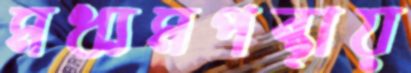
মধ্যমপন্থায়